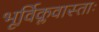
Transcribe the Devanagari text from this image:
भूर्विक्लवास्ताः